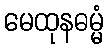
မေထုနဓမ္မံ